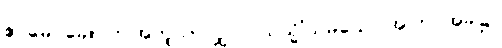
ဧဝမေဝခေါ၊ ဤအတူသာလျှင်။ ယသ္မိံသမယေ၊ အကြင်အခါ၌။